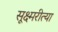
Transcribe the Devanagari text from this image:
सूक्ष्मरीत्या